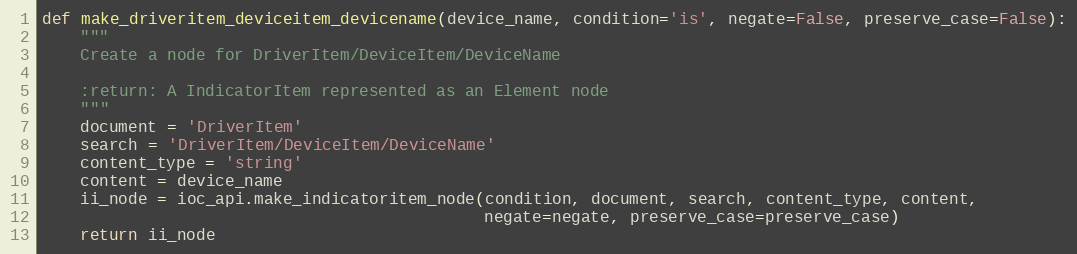
Language: Python
def make_driveritem_deviceitem_devicename(device_name, condition='is', negate=False, preserve_case=False):
    """
    Create a node for DriverItem/DeviceItem/DeviceName

    :return: A IndicatorItem represented as an Element node
    """
    document = 'DriverItem'
    search = 'DriverItem/DeviceItem/DeviceName'
    content_type = 'string'
    content = device_name
    ii_node = ioc_api.make_indicatoritem_node(condition, document, search, content_type, content,
                                              negate=negate, preserve_case=preserve_case)
    return ii_node